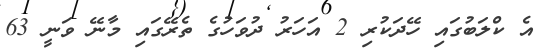
އެ ކްލަބުގައި ހޭދަކުރި 2 އަހަރު ދުވަހުގެ ތެރޭގައި މާނޭ ވަނީ 63